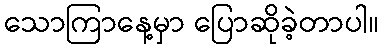
သောကြာနေ့မှာ ပြောဆိုခဲ့တာပါ။